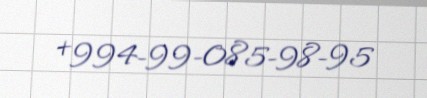
+994-99-085-98-95